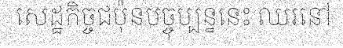
សេដ្ឋកិច្ចជប៉ុនបច្ចុប្បន្ននេះ ឈរនៅ